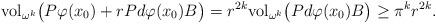
LaTeX: \begin{align*}\mathrm{vol}_{\omega^k} \bigl( P \varphi(x_0) + r P d\varphi(x_0) B \bigr) = r^{2k} \mathrm{vol}_{\omega^k} \bigl( P d\varphi(x_0) B \bigr) \geq \pi^k r^{2k}.\end{align*}